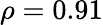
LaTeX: \rho=0.91